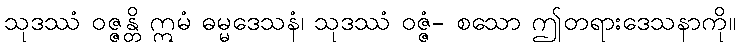
သုဒဿံ ဝဇ္ဇန္တိ ဣမံ ဓမ္မဒေသနံ၊ သုဒဿံ ဝဇ္ဇံ- စသော ဤတရားဒေသနာကို။